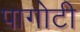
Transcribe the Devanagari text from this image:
पागोटी